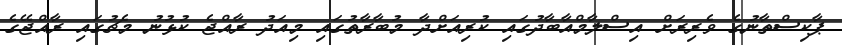
ޕާކިސްތާނުގެ ވެރިރަށް އިސްލާމްއާބާދުގައި ކުރިއަށްދާ މުބާރާތުގައި މިއަދު ރާއްޖެ ކުޅުނު މެޗުގައި ރާއްޖޭގެ